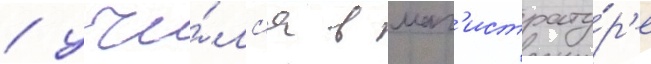
/ учи́лс'я в маг'истрату́р'е